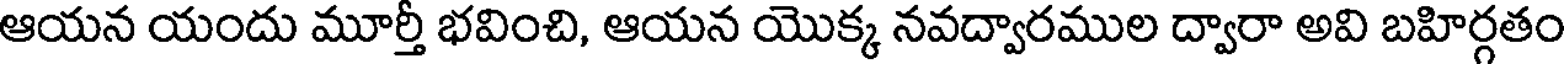
ఆయన యందు మూర్తీ భవించి, ఆయన యొక్క నవద్వారముల ద్వారా అవి బహిర్గతం